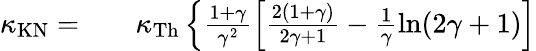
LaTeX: \begin{array}{rlr}{\kappa_{\mathrm{KN}}=}&{{}}&{\kappa_{\mathrm{Th}}\left\{ \frac{1+\gamma}{\gamma^{2}}\left[\frac{2(1+\gamma)}{2\gamma+1}-\frac{1}{\gamma}\ln(2\gamma+1)\right]\right.}\end{array}